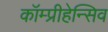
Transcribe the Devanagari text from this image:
कॉम्प्रीहेन्सिव